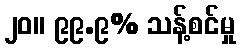
၂၀။ ၉၉.၉% သန့်စင်မှု